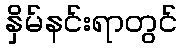
နှိမ်နင်းရာတွင်